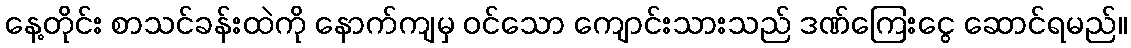
နေ့တိုင်း စာသင်ခန်းထဲကို နောက်ကျမှ ဝင်သော ကျောင်းသားသည် ဒဏ်ကြေးငွေ ဆောင်ရမည်။